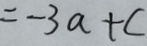
= - 3 a + c